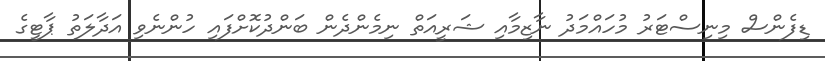
ޑިފެންސް މިނިސްޓަރު މުހައްމަދު ނާޒިމާއި ޝަރީއަތް ނިމެންދެން ބަންދުކޮށްފައި ހުންނެވި އަދާލަތު ޕާޓީގެ